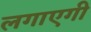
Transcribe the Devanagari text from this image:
लगाएगी